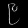
Digit: ၉